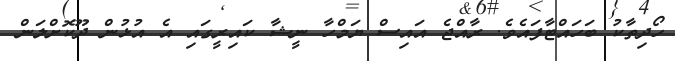
ހޯދިތާކު ބަހައްޓާފައެވެ. ރާއްޖެ އައިސް ޔަމްހާ ނީޝާ ކައިރީގައި އެ އުޅުން ދޫކޮށްލަން